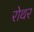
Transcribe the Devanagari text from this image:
रोथर